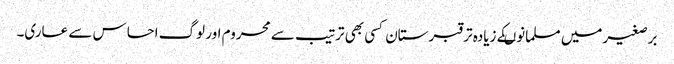
برصغیرمیں مسلمانوںکے زیادہ تر قبرستان کسی بھی ترتیب سے محروم اور لوگ احساس سے عاری۔